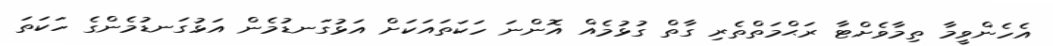
އެހެންވީމާ ތިމާވެށްޓާ ރަޙްމަތްތެރި ގާތް ގުޅުމެއް އޮންނަ ހަކަތައަކަށް އަޅުގަނޑުމެން އަޅުގަނޑުމެންގެ ހަކަތަ